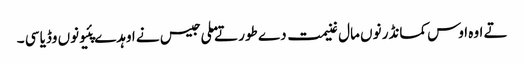
تے اوہ اوس کمانڈر نوں مال غنیمت دے طور تے ملی جیس نے اوہدے پئیو نوں وڈیا سی ۔